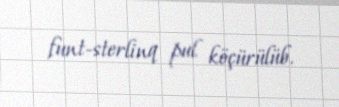
funt-sterlinq pul köçürülüb.